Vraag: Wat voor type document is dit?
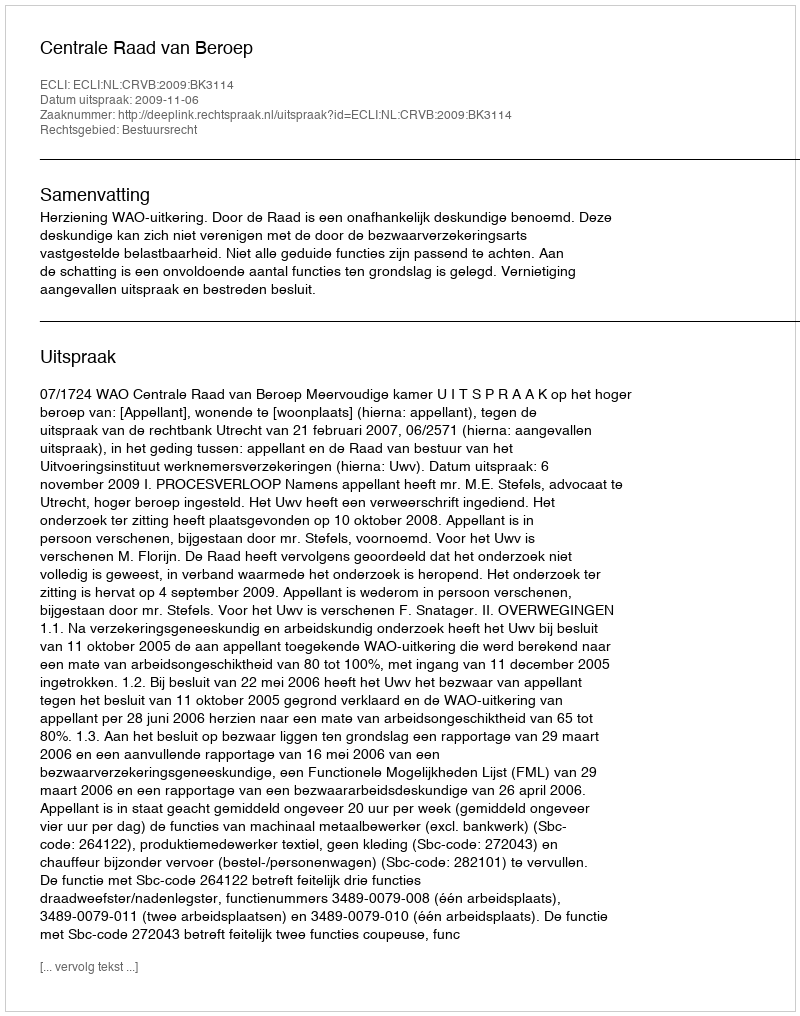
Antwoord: Uitspraak